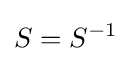
S=S^{-1}